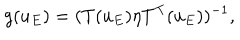
LaTeX: g ( u _ { E } ) = ( T ( u _ { E } ) \eta T ^ { \mathrm { T } } ( u _ { E } ) ) ^ { - 1 } ,